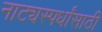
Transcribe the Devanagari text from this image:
नाट्यस्पर्धांसाठी